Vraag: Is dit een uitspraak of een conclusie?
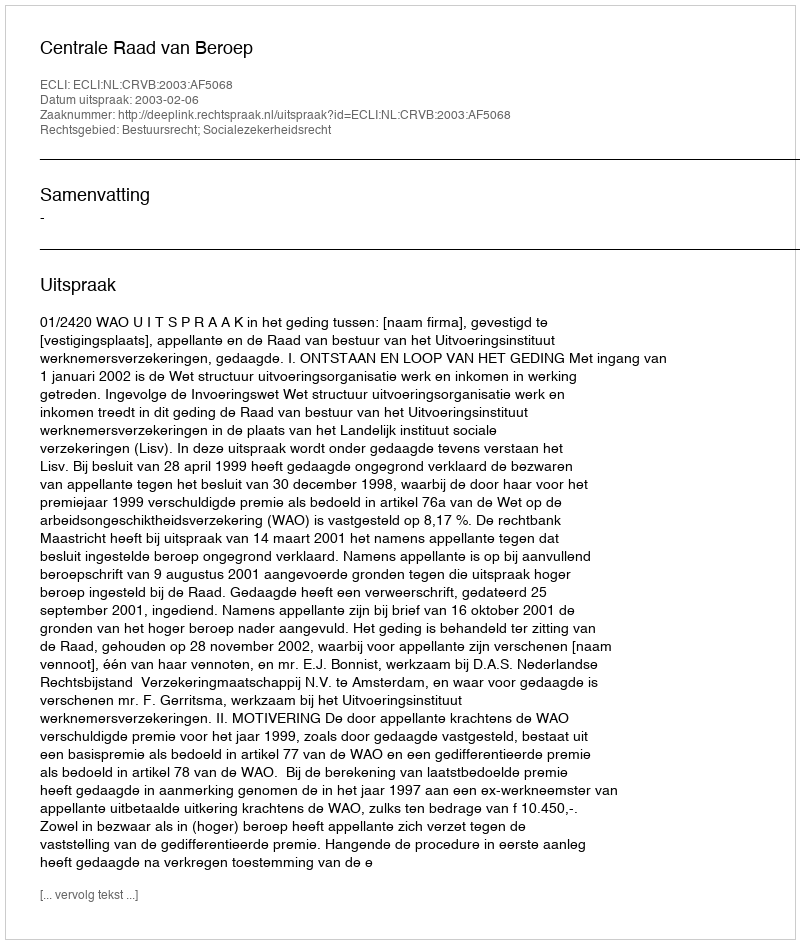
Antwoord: Uitspraak